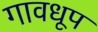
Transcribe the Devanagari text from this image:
गावधूप